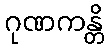
ဂုဏကန္တိ